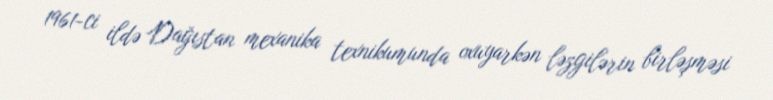
1961-ci ildə Dağıstan mexanika texnikumunda oxuyarkən ləzgilərin birləşməsi